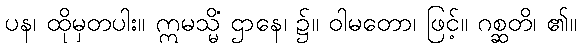
ပန၊ ထိုမှတပါး။ ဣမသ္မိံ ဌာနေ၊ ၌။ ဝါမတော၊ ဖြင့်။ ဂစ္ဆတိ၊ ၏။